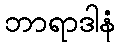
ဘာရာဒါနံ